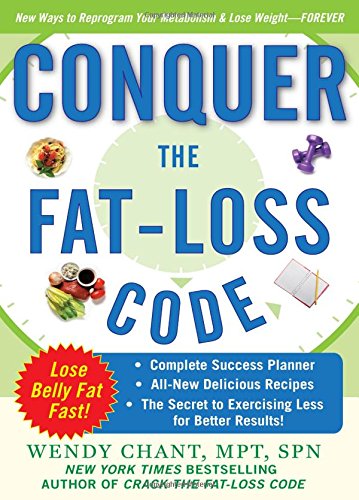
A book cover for Conquer the Fat-Loss Code (Includes: Complete Success Planner, All-New Delicious Recipes, and the Secret to Exercising Less for Better Results!); Wendy Chant; Cookbooks, Food & Wine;